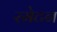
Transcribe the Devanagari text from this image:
स्मेटन